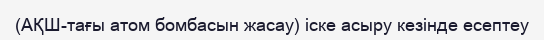
(АҚШ-тағы атом бомбасын жасау) іске асыру кезінде есептеу